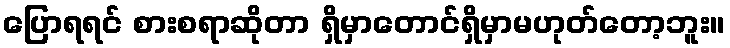
ပြောရရင် စားစရာဆိုတာ ရှိမှာတောင်ရှိမှာမဟုတ်တော့ဘူး။